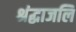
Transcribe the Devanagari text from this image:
श्रंद्धाजलि